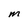
Character: m